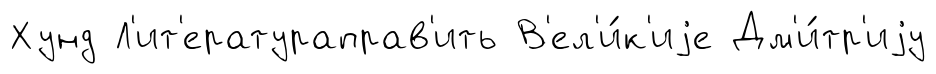
Хунд Л'ит'ератураправ'ить В'ел'и́к'иjе Дм'и́тр'иjу